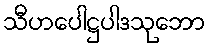
သီဟပေါဋ္ဌပါဒသုဘော